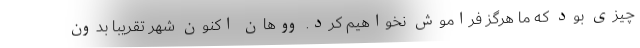
چیزی بود که ما هرگز فراموش نخواهیم کرد. ووهان اکنون شهر تقریبا بدون